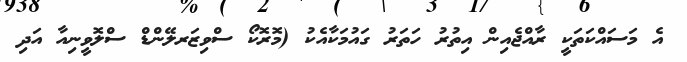
އެ މަސައްކަތަކީ ރާއްޖެއިން އިތުރު ހަތަރު ގައުމަކާއެކު (މޮރޮކޯ ސްވިޒަރލޭންޑް ސްލޮވީނިއާ އަދި